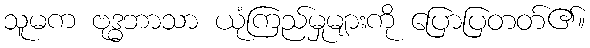
သူမက ဗုဒ္ဓဘာသာ ယုံကြည်မှုများကို ပြောပြတတ်၏။